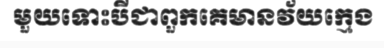
មួយទោះបីជាពួកគេមានវ័យក្មេង